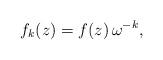
LaTeX: \begin{align*}f_k(z)=f(z)\,\omega^{-k} ,\end{align*}